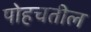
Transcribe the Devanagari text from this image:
पोहचतील